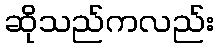
ဆိုသည်ကလည်း